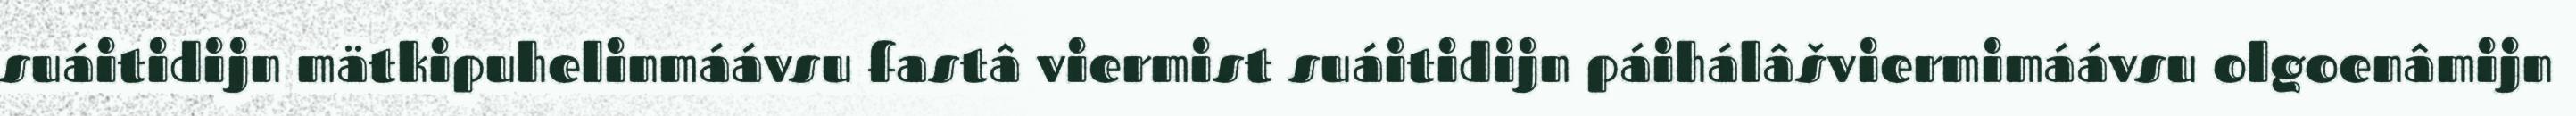
suáitidijn mätkipuhelinmáávsu fastâ viermist suáitidijn páihálâšviermimáávsu olgoenâmijn